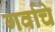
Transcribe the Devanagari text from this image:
गर्वाचे